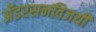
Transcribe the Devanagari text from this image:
अँडरसनविजयी